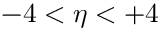
- 4 < \eta < + 4